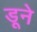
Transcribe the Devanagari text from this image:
डूने